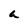
Character: a